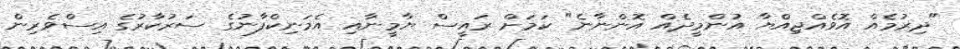
"ދިރުމެއް އޮވެއްޖިއްޔާ އުންމީދެއް އޮންނާނެ" ކަމަށް ރައީސް ޔާމީނާއި އެމަނިކްފާނުގެ ސަރުކާރުގެ އިސްވެރިން